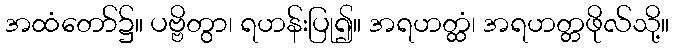
အထံတော်၌။ ပဗ္ဗိတွာ၊ ရဟန်းပြု၍။ အရဟတ္ထံ၊ အရဟတ္တဖိုလ်သို့။